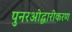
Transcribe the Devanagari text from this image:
पुनरओद्धारीकरण